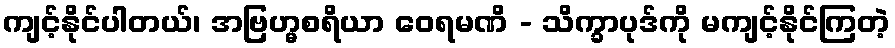
ကျင့်နိုင်ပါတယ်၊ အဗြဟ္မစရိယာ ဝေရမဏိ - သိက္ခာပုဒ်ကို မကျင့်နိုင်ကြတဲ့